Indian journal of veterinary science and animal husbandry - Volume 13,
Year: 1943
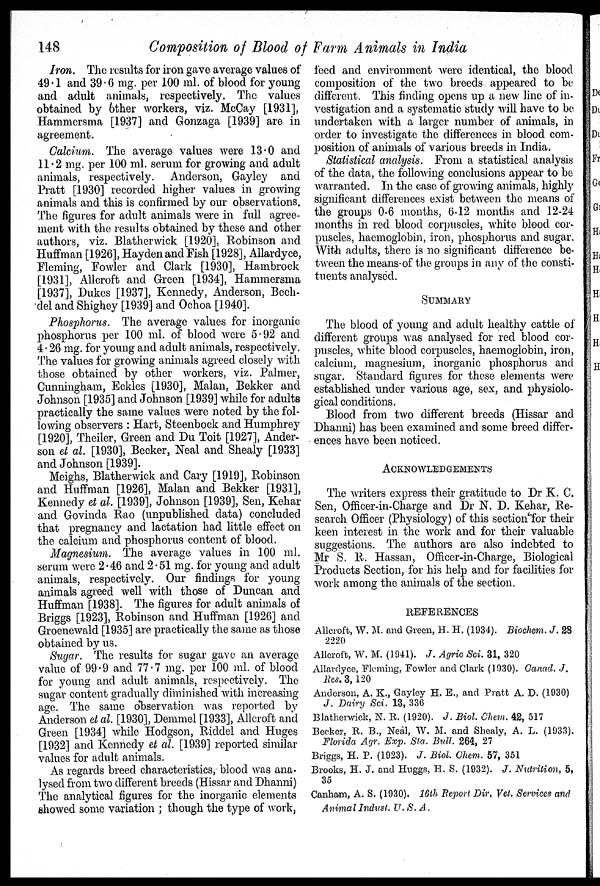
148
Composition of Blood of Farm Animals in India
Iron. The results for iron gave average values of
49.1 and 39.6 mg. per 100 ml. of blood for young
and adult animals, respectively. The values
obtained by 6ther workers, viz. McCay [1931],
Hammersma [1937] and Gonzaga [1939] are in
agreement.
Calcium. The average values were 13.0 and
11.2 mg. per 100 ml. serum for growing and adult
animals, respectively. Anderson, Gayley and
Pratt [1930] recorded higher values in growing
animals and this is confirmed by our observations.
The figures for adult animals were in full agree-
ment with the results obtained by these and other
authors, viz. Blatherwick [1920], Robinson and
Huffman [1926], Hayden and Fish [1928], Allardyce,
Fleming, Fowler and Clark [1930], Hambrock
[1931], Allcroft and Green [1934], Hammersma
[1937], Dukes [1937], Kennedy, Anderson, Bech-
del and Shighey [1939] and Ochoa [1940].
Phosphorus. The average values for inorganic
phosphorus per 100 ml. of blood were 5.92 and
4.26 mg. for young and adult animals, respectively.
The values for growing animals agreed closely with
those obtained by other workers, viz. Palmer,
Cunningham, Eckles [1930], Malan, Bekker and
Johnson [1935] and Johnson [1939] while for adults
practically the same values were noted by the fol-
lowing observers : Hart, Steenbock and Humphrey
[1920], Theiler, Green and Du Toit [1927], Ander-
son et al. [1930], Becker, Neal and Shealy [1933]
and Johnson [1939].
Meighs, Blatherwick and Cary [1919], Robinson
and Huffman [1926], Malan and Bekker [1931],
Kennedy et al. [1939], Johnson [1939], Sen, Kehar
and Govinda Rao (unpublished data) concluded
that pregnancy and lactation had little effect on
the calcium and phosphorus content of blood.
Magnesium. The average values in 100 ml.
serum were 2.46 and 2.51 mg. for young and adult
animals, respectively. Our findings for young
animals agreed well with those of Duncan and
Huffman [1938]. The figures for adult animals of
Briggs [1923], Robinson and Huffman [1926] and
Groenewald [1935] are practically the same as those
obtained by us.
Sugar. The results for sugar gave an average
value of 99.9 and 77.7 mg. per 100 ml. of blood
for young and adult animals, respectively. The
sugar content gradually diminished with increasing
age. The same observation was reported by
Anderson et al. [1930], Demmel [1933], Allcroft and
Green [1934] while Hodgson, Riddel and Huges
[1932] and Kennedy et al. [1939] reported similar
values for adult animals.
As regards breed characteristics, blood was ana-
-ysed from two different breeds (Hissar and Dhanni)
The analytical figures for the inorganic elements
showed some variation ; though the type of work,
feed and environment were identical, the blood
composition of the two breeds appeared to be
different. This finding opens up a new line of in-
vestigation and a systematic study will have to be
undertaken with a larger number of animals, in
order to investigate the differences in blood com-
position of animals of various breeds in India.
Statistical analysis. From a statistical analysis
of the data, the following conclusions appear to be
warranted. In the case of growing animals, highly
significant differences exist between the means of
the groups 0-6 months, 6-12 months and 12-24
months in red blood corpuscles, white blood cor-
puscles, haemoglobin, iron, phosphorus and sugar.
With adults, there is no significant difference be-
tween the means of the groups in any of the consti-
tuents analysed.
SUMMARY
The blood of young and adult healthy cattle of
different groups was analysed for red blood cor-
puscles, white blood corpuscles, haemoglobin, iron,
calcium, magnesium, inorganic phosphorus and
sugar. Standard figures for these elements were
established under various age, sex, and physiolo-
gical conditions.
Blood from two different breeds (Hissar and
Dhanni) has been examined and some breed differ-
ences have been noticed.
ACKNOWLEDGEMENTS
The writers express their gratitude to Dr K. C.
Sen, Officer-in-Charge and Dr N. D. Kehar, Re-
search Officer (Physiology) of this section for their
keen interest in the work and for their valuable
suggestions. The authors are also indebted to
Mr S. R. Hassan, Officer-in-Charge, Biological
Products Section, for his help and for facilities for
work among the animals of the section.
REFERENCES
Allcroft, W. M. and Green, H. H. (1934). Biochem. J. 28
2220
Allcroft, W. M. (1941). J. Agric Sci. 31, 320
Allardyce, Fleming, Fowler and Clark (1930). Canad. J.
Res. 3, 120
Anderson, A. K., Gayley H. E., and Pratt A. D. (1930)
J. Dairy Sci. 13, 336
Blatherwick, N. R. (1920). J. Biol. Chem. 42, 517
Becker, R. B., Neal, W. M. and Shealy, A. L. (1933).
Florida Agr. Exp. Sta. Bull. 264, 27
Briggs, H. P. (1923). J. Biol. Chem. 57, 351
Brooks, H. J. and Huggs, H. S. (1932). J. Nutrition, 5,
35
Canham, A. S. (1930). 16th Report Dir. Vet. Services and
Animal Indust. U. S. A.